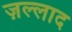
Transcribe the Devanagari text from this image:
ज़ल्लाद